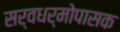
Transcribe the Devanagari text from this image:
सर्वधर्मोपासक